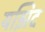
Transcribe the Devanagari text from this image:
यझिद